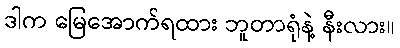
ဒါက မြေအောက်ရထား ဘူတာရုံနဲ့ နီးလား။